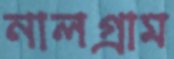
নালগ্রাম